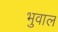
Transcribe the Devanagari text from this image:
भुवाल